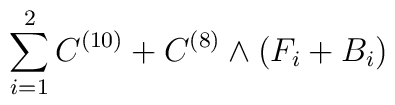
\sum_{i=1}^{2}  C^{(10)} + C^{(8)} \wedge (F_i + B_i)